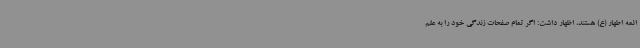
ائمه اطهار (ع) هستند، اظهار داشت: اگر تمام صفحات زندگی خود را به علم